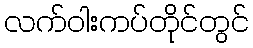
လက်ဝါးကပ်တိုင်တွင်